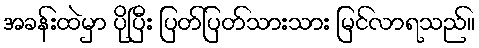
အခန်းထဲမှာ ပိုပြီး ပြတ်ပြတ်သားသား မြင်လာရသည်။